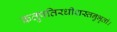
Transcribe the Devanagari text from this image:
क्रतुपतिरधीशस्तनुभृतां।